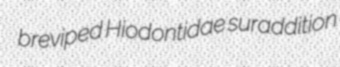
breviped Hiodontidae suraddition